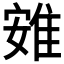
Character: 𨾶